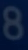
8